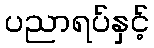
ပညာရပ်နှင့်